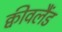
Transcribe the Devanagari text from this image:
क्वीवलैंड